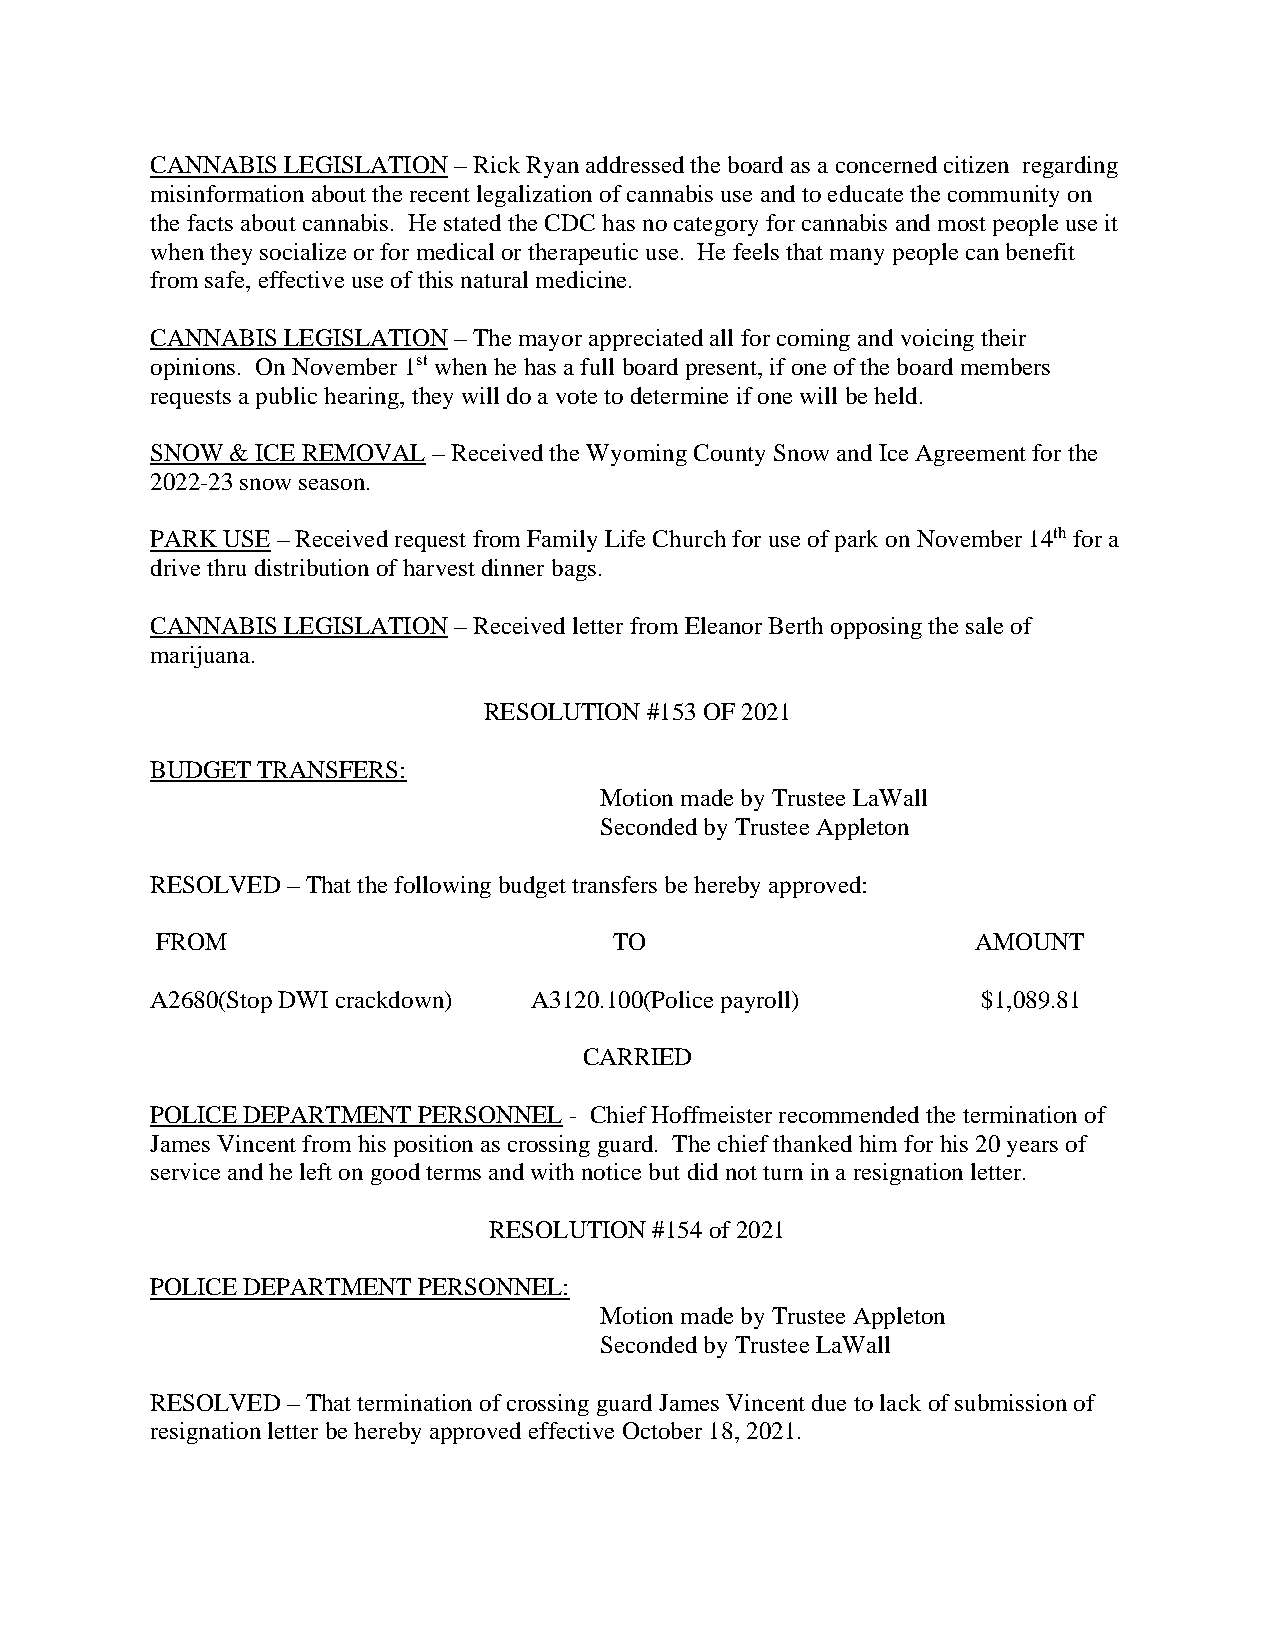
CANNABIS LEGISLATION – Rick Ryan addressed the board as a concerned citizen regarding
 misinformation about the recent legalization of cannabis use and to educate the community on
 the facts about cannabis. He stated the CDC has no category for cannabis and most people use it
 when they socialize or for medical or therapeutic use. He feels that many people can benefit
 from safe, effective use of this natural medicine.
 CANNABIS LEGISLATION – The mayor appreciated all for coming and voicing their
 opinions. On November 1st when he has a full board present, if one of the board members
 requests a public hearing, they will do a vote to determine if one will be held.
 SNOW & ICE REMOVAL – Received the Wyoming County Snow and Ice Agreement for the
 2022-23 snow season.
 PARK USE – Received request from Family Life Church for use of park on November 14th for a
 drive thru distribution of harvest dinner bags.
 CANNABIS LEGISLATION – Received letter from Eleanor Berth opposing the sale of
 marijuana.
 RESOLUTION #153 OF 2021
 BUDGET TRANSFERS:
 Motion made by Trustee LaWall
 Seconded by Trustee Appleton
 RESOLVED – That the following budget transfers be hereby approved:
 FROM                           TO                      AMOUNT
 A2680(Stop DWI crackdown) A3120.100(Police payroll)    $1,089.81
 CARRIED
 POLICE DEPARTMENT PERSONNEL - Chief Hoffmeister recommended the termination of
 James Vincent from his position as crossing guard. The chief thanked him for his 20 years of
 service and he left on good terms and with notice but did not turn in a resignation letter.
 RESOLUTION #154 of 2021
 POLICE DEPARTMENT PERSONNEL:
 Motion made by Trustee Appleton
 Seconded by Trustee LaWall
 RESOLVED – That termination of crossing guard James Vincent due to lack of submission of
 resignation letter be hereby approved effective October 18, 2021.